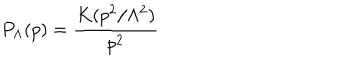
LaTeX: P _ { \Lambda } ( p ) = \frac { K ( p ^ { 2 } / \Lambda ^ { 2 } ) } { p ^ { 2 } }